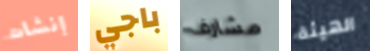
إنشات باجي مشارف الهيئة